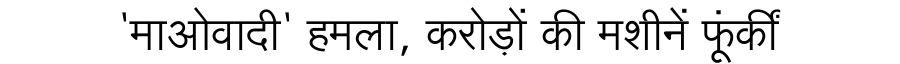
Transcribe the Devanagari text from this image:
'माओवादी' हमला, करोड़ों की मशीनें फूंकीं